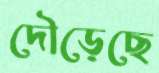
দৌড়েছে